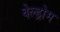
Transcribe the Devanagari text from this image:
वेल्ड्रोम